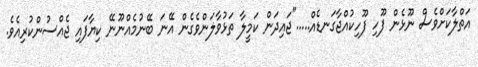
އަތްލާކަށްވެސް ނޫޅެން ފޫހި ފޫހިކުއްޖާގަނޑެއް....."ޖައިދަން ކަމީލާ ތަޅުވާލަންވެގެން އޭނަ ބޭނުމެއްނޫނޭ ކިޔާފައި ޖެއްސުންކުރިއެވެ.